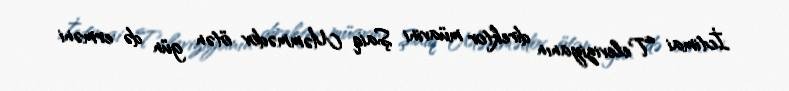
İctimai Televiziyanın direktor müavini Şaiq Məmmədov ötən gün də erməni